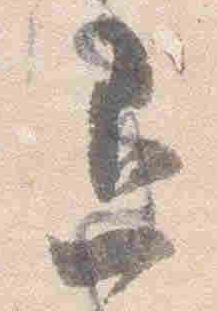
退